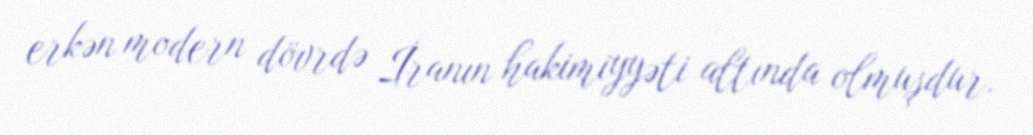
erkən modern dövrdə İranın hakimiyyəti altında olmuşdur.